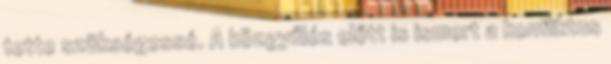
tette szükségessé. A közgyűlés előtt is ismert a konfliktus